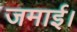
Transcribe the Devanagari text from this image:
जमाई।